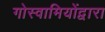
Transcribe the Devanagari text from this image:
गोस्वामियोंद्वारा